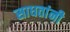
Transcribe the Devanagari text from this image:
साधतांनी